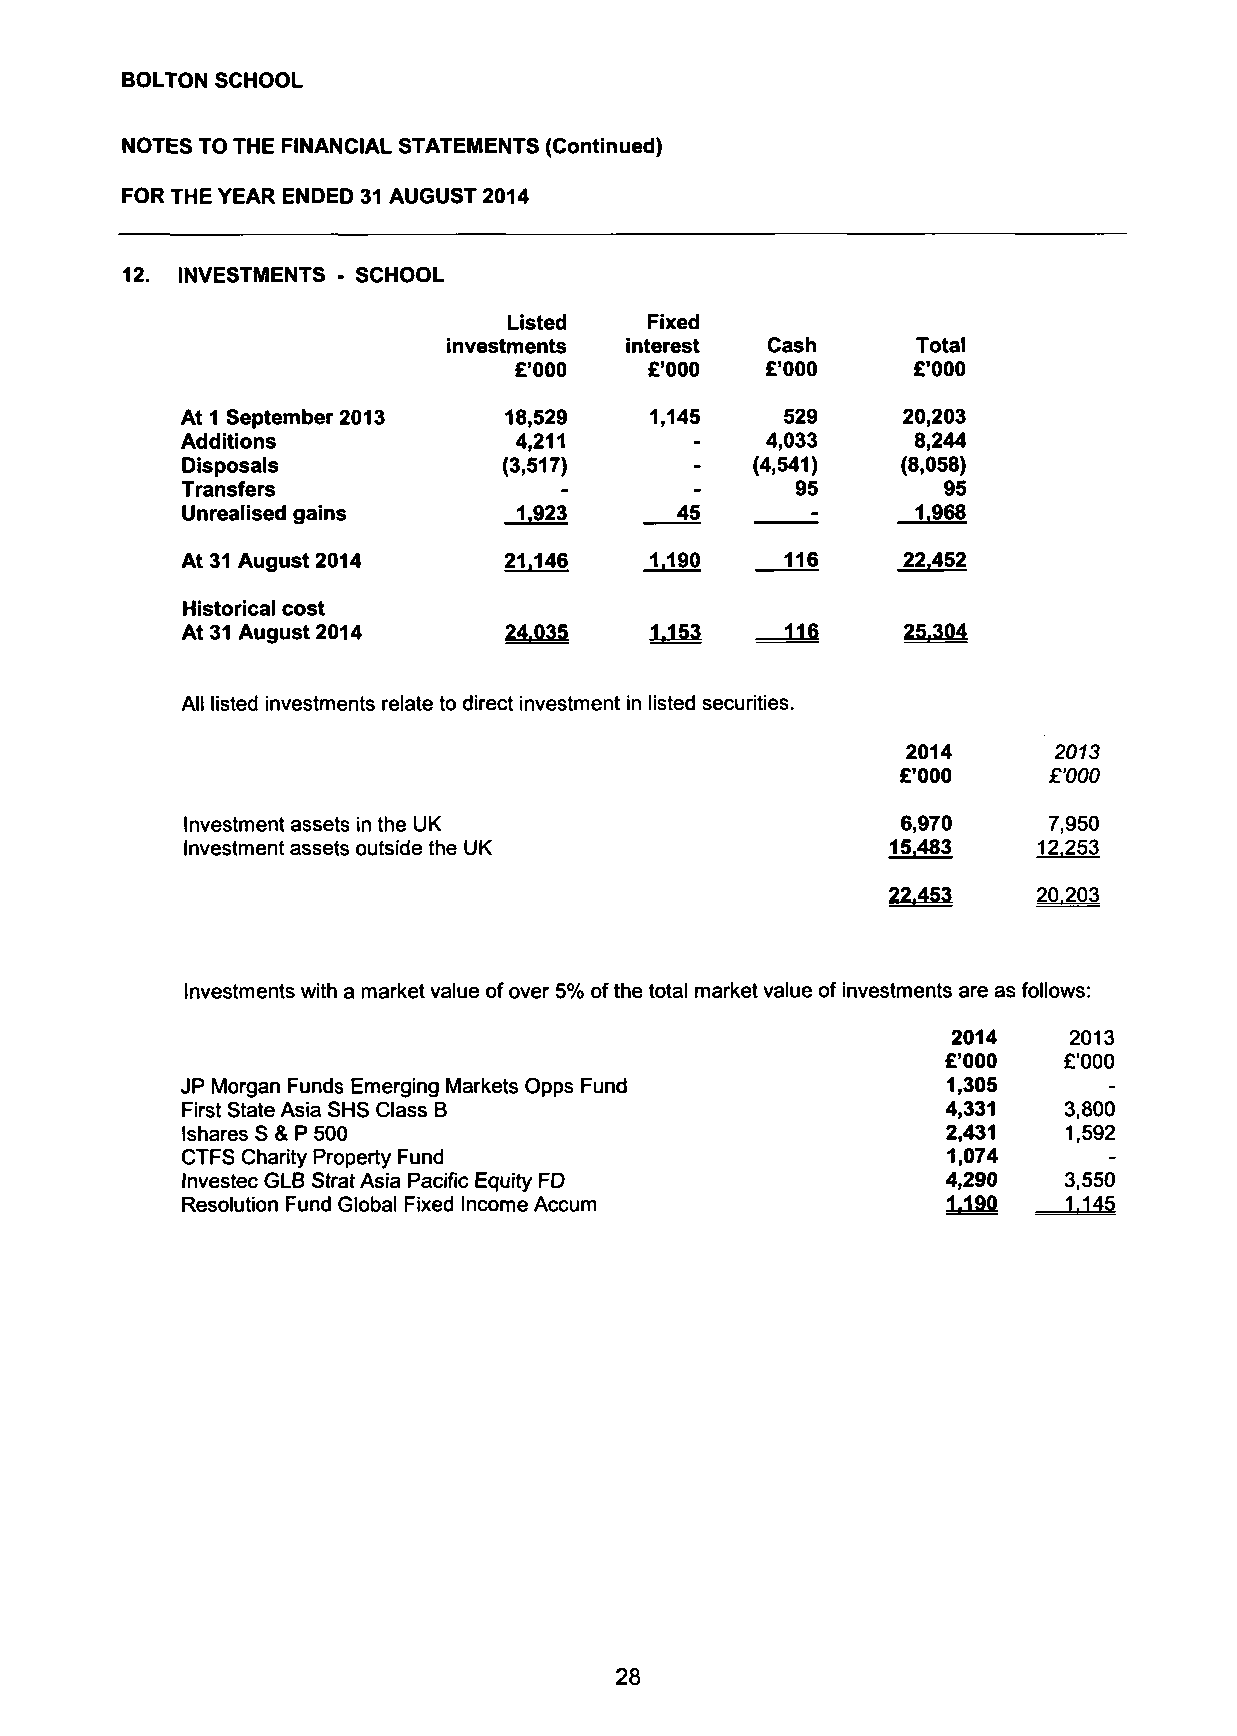
BOLTON SCHOOL
 NOTES TO THE FINANCIAL STATEMENTS (Continued)
 FOR THE YEAR ENDED 31 AUGUST 2014
 12. INVESTMENTS - SCHOOL
 Listed   Fixed
 investments interest Cash      Total
 £'000    £'000   £'000    £'000
 At 1 September 2013  18,529    1,145    529     20,203
 Additions             4,211       -    4,033     8,244
 Disposals            (3,517)      -   (4,541)   (8,058)
 Transfers                -        -      95       95
 Unrealised gains      1.923      45       -      1.968
 At 31 August 2014    21.146    1,190    116     22.452
 Historical cost
 At 31 August 2014     24 035   1,153    116     2JL3J34
 All listed investments relate to direct investment in listed securities.
 2014      2013
 £'000    £'000
 Investment assets in the UK                     6,970    7,950
 Investment assets outside the UK               15.483    12.253
 22.453    20.203
 Investments with a market value of over 5% of the total market value of investments are as follows:
 2014    2013
 £'000  £'000
 JP Morgan Funds Emerging Markets Opps Fund         1,305     -
 First State Asia SHS Class B                       4,331  3,800
 Ishares S & P 500                                  2,431   1,592
 CTFS Charity Property Fund                         1,074     -
 Investec GLB Strat Asia Pacific Equity FD          4,290  3,550
 Resolution Fund Global Fixed Income Accum          1.190   1.145
 28